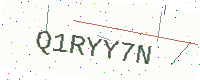
Text: Q1RYY7N